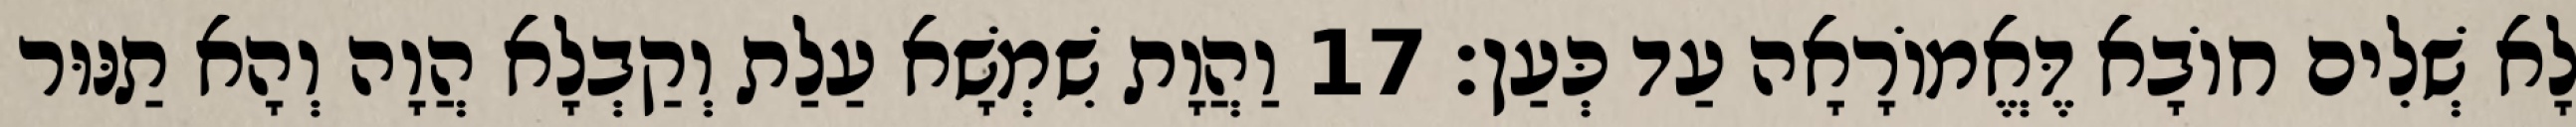
לָא שְׁלִים חוֹבָא דֶּאֱמוֹרָאָה עַד כְּעַן׃ 17 וַהֲוָת שִׁמְשָׁא עַלַת וְקַבְלָא הֲוָה וְהָא תַנּוּר